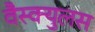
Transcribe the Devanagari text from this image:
वैस्क्युलस